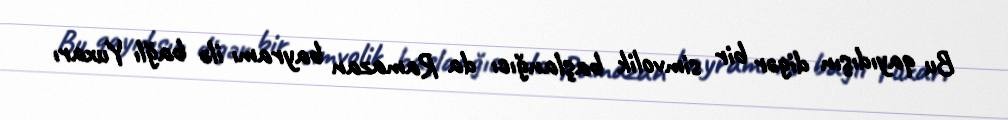
Bu qayıdışın digər bir simvolik başlanğıcı da Ramazan bayramı ilə bağlı Yuxarı